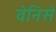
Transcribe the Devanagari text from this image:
वेनिसे